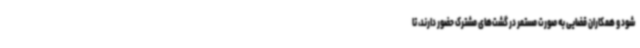
شود و همکاران قضایی به صورت مستمر در گشت‌های مشترک حضور دارند، تا